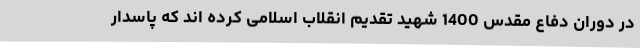
در دوران دفاع مقدس 1400 شهید تقدیم انقلاب اسلامی کرده اند که پاسدار